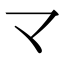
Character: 龴